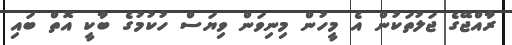
ރާއްޖޭގެ ޖަލުތަކުން އެ މީހުން މިނިވަން ވިޔަސް ހުކުމުގެ ބާކީ އޮތް ބައި